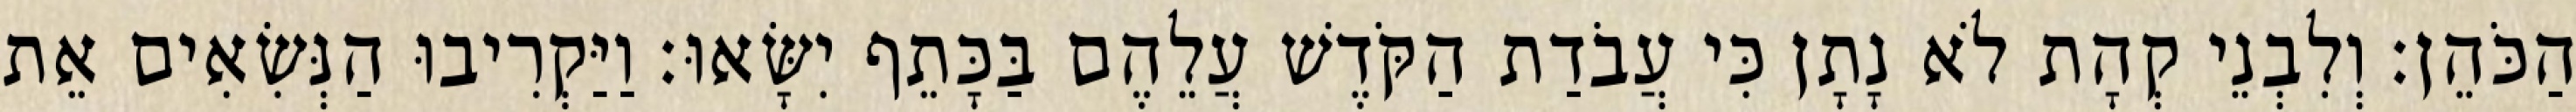
הַכֹּהֵן׃ וְלִבְנֵי קְהָת לֹא נָתָן כִּי עֲבֹדַת הַקֹּדֶשׁ עֲלֵהֶם בַּכָּתֵף יִשָּׂאוּ׃ וַיַּקְרִיבוּ הַנְּשִׂאִים אֵת